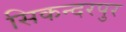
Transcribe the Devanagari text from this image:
सिकन्‍दरपुर